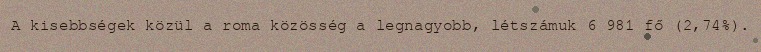
A kisebbségek közül a roma közösség a legnagyobb, létszámuk 6 981 fő (2,74%).